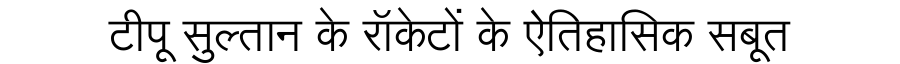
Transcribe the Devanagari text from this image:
टीपू सुल्तान के रॉकेटों के ऐतिहासिक सबूत